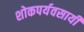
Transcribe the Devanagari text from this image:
शोकपर्यवसायी